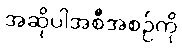
အဆိုပါအစီအစဉ်ကို